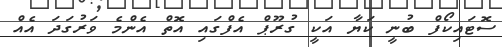
ސޮޓައިކޯފް ބުނީ ކަޔާ އަކީ ގުރޫޕް އެފްގައި އޮތް އެންމެ ވަރުގަދަ އެއް